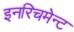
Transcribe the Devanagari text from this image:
इनरिचमेन्ट